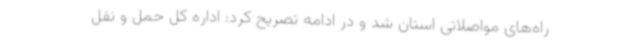
راه‌های مواصلاتی استان شد و در ادامه تصریح کرد: اداره کل حمل و نقل